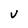
Character: V